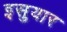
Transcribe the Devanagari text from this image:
इसुयार